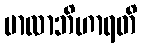
မာလာဘိဟာရတိ